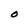
Character: O